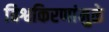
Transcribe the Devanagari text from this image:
विश्वकिरणांमुळे